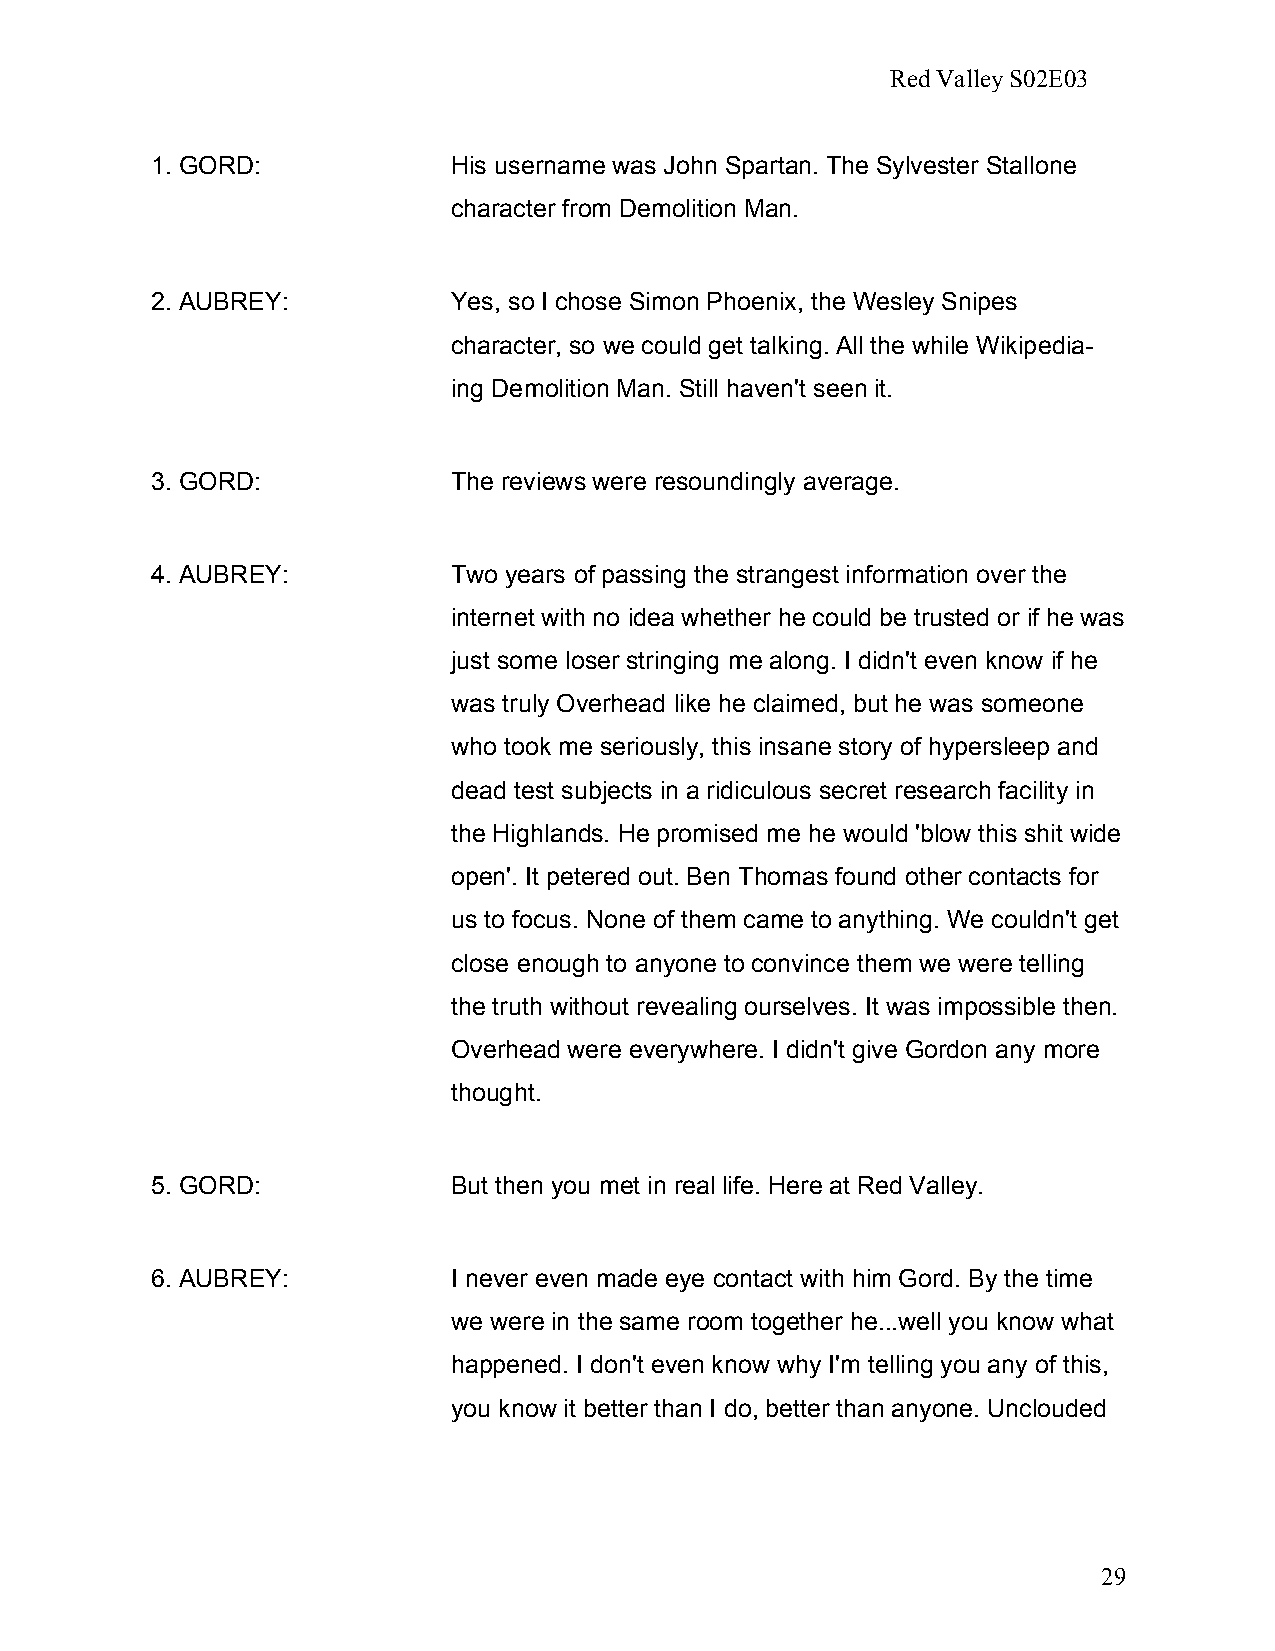
Red Valley S02E03
 1. GORD:            His username was John Spartan. The Sylvester Stallone
 character from Demolition Man.
 2. AUBREY:          Yes, so I chose Simon Phoenix, the Wesley Snipes
 character, so we could get talking. All the while Wikipedia-
 ing Demolition Man. Still haven't seen it.
 3. GORD:            The reviews were resoundingly average.
 4. AUBREY:          Two years of passing the strangest information over the
 internet with no idea whether he could be trusted or if he was
 just some loser stringing me along. I didn't even know if he
 was truly Overhead like he claimed, but he was someone
 who took me seriously, this insane story of hypersleep and
 dead test subjects in a ridiculous secret research facility in
 the Highlands. He promised me he would 'blow this shit wide
 open'. It petered out. Ben Thomas found other contacts for
 us to focus. None of them came to anything. We couldn't get
 close enough to anyone to convince them we were telling
 the truth without revealing ourselves. It was impossible then.
 Overhead were everywhere. I didn't give Gordon any more
 thought.
 5. GORD:            But then you met in real life. Here at Red Valley.
 6. AUBREY:          I never even made eye contact with him Gord. By the time
 we were in the same room together he...well you know what
 happened. I don't even know why I'm telling you any of this,
 you know it better than I do, better than anyone. Unclouded
 29